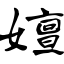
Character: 嬗